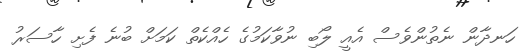
ހަނދާން ނެތުންވެސް އެއީ ލޯބި ނުވާކަމުގެ ހެއްކެތް ކަމަށް ބުނެ ފެށި ހާސަރު